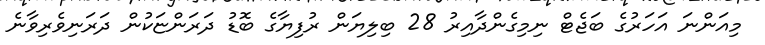
މިއަންނަ އަހަރުގެ ބަޖެޓް ނިމިގެންދާއިރު 28 ބިލިޔަން ރުފިޔާގެ ބޮޑު ދަރަންޏަކުން ދަރަނިވެރިވާނެ